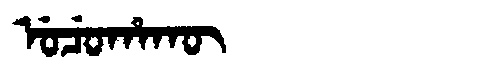
Manchu: ᡠᠴᡠᡥᠠᡴᡡ
Romanization: UCUHAKŪ